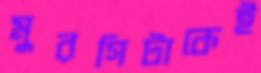
মুরগিটাকেই